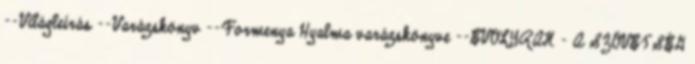
--Világleírás --Varázskönyv --Formenya Hyalma varázskönyve --EVOLYRAN - A SZÖVETSÉG